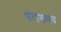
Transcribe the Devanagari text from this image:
परागमय